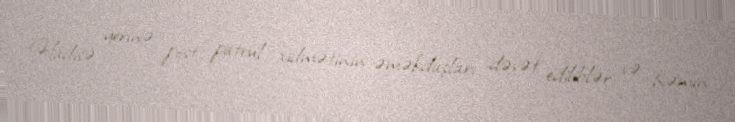
Hadisə yerinə post patrul xidmətinin əməkdaşları dəvət ediliblər və həmin